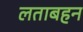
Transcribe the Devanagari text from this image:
लताबहन